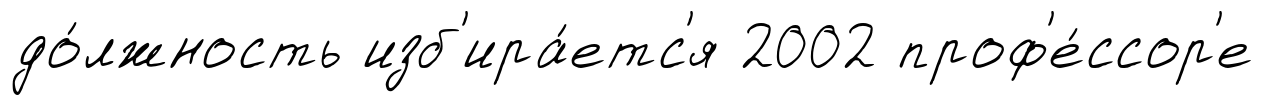
до́лжность изб'ира́етс'я 2002 проф'е́ссор'е